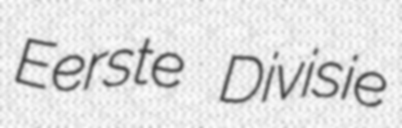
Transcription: Eerste Divisie